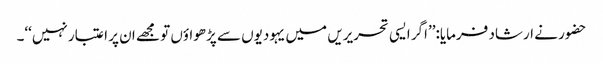
حضور نے ارشاد فرمایا:’’اگر ایسی تحریریں میں یہودیوں سے پڑھواؤں تو مجھے ان پر اعتبار نہیں‘‘۔